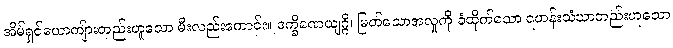
အိမ်ရှင်ယောကျ်ားတည်းဟူသော မီးလည်းကောင်း။ ဒက္ခိဏေယျဂ္ဂိ၊ မြတ်သောအလှုကို ခံထိုက်သော ရဟန်းသံဃာတည်းဟူသော